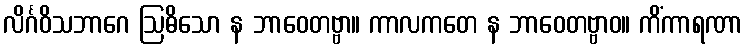
လိင်္ဂဝိသဘာဂေ ဩဓိသော န ဘာဝေတဗ္ဗာ။ ကာလကတေ န ဘာဝေတဗ္ဗာဝ။ ကိံကာရဏာ